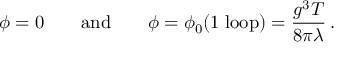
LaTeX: \phi = 0 \qquad \mathrm { a n d } \qquad \phi = \phi _ { 0 } ( 1 \; \mathrm { l o o p } ) = \frac { g ^ { 3 } T } { 8 \pi \lambda } \, .